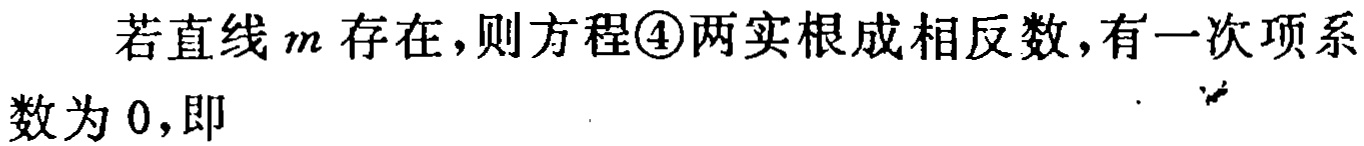
若直线$m$存在，则方程\textcircled{4}两实根成相反数，有一次项系数为$0$，即